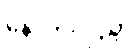
နောက်လှည့်